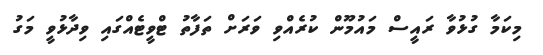
މިކަމާ ގުޅުވާ ރައީސް މައުމޫން ކުރެއްވި ވަރަށް ތަފާތު ޓްވީޓެއްގައި ވިދާޅުވީ މަގު